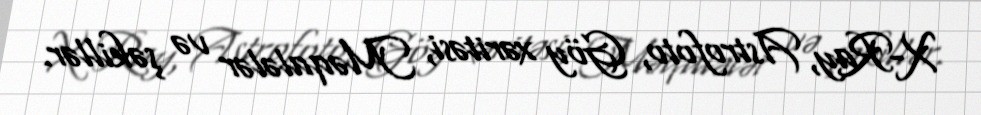
X-Ray, Astrofoto, Göy xəritəsi, Məqalələr və şəkillər.